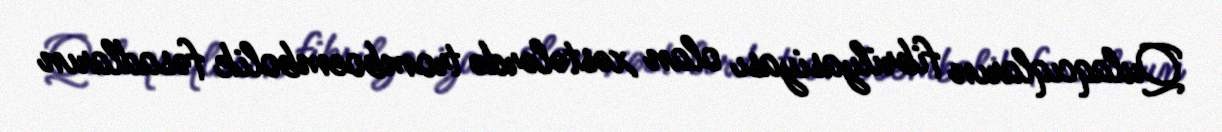
Qulaqcıqların fibrilyasiyası olan xəstələrdə tromboembolik fəsadların